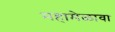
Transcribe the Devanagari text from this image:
महामेळावा